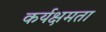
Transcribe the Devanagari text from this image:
कर्यक्षमता